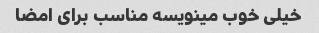
خیلی خوب مینویسه مناسب برای امضا